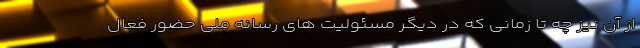
از آن نیز چه تا زمانی که در دیگر مسئولیت های رسانه‌ ملّی حضور فعال